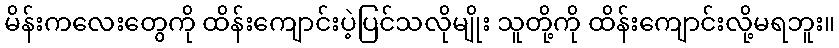
မိန်းကလေးတွေကို ထိန်းကျောင်းပဲ့ပြင်သလိုမျိုး သူတို့ကို ထိန်းကျောင်းလို့မရဘူး။